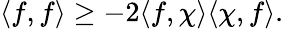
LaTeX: \langle f,f\rangle\geq-2\langle f,\chi\rangle\langle\chi,f\rangle.